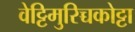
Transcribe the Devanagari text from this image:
वेट्टिमुरिच्चकोट्टा